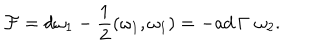
LaTeX: { \cal F } = d \omega _ { 1 } - { \frac { 1 } { 2 } } ( \omega _ { 1 } , \omega _ { 1 } ) = - \mathrm { a d } \, \Gamma \, \, \omega _ { 2 } .